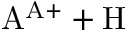
\mathrm { A ^ { A + } + H }